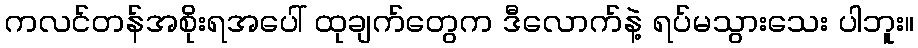
ကလင်တန်အစိုးရအပေါ် ထုချက်တွေက ဒီလောက်နဲ့ ရပ်မသွားသေး ပါဘူး။